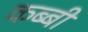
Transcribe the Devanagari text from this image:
कब्बी